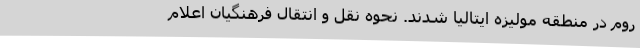
روم در منطقه مولیزه ایتالیا شدند. نحوه نقل و انتقال فرهنگیان اعلام